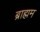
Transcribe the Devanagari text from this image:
ब्राह्मम